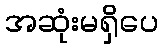
အဆုံးမရှိပေ